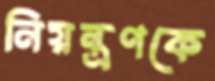
নিয়ন্ত্রণকে